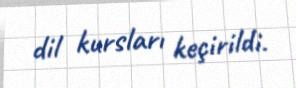
dil kursları keçirildi.